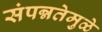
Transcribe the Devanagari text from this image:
संपन्नतेमुळे